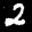
Label: 2